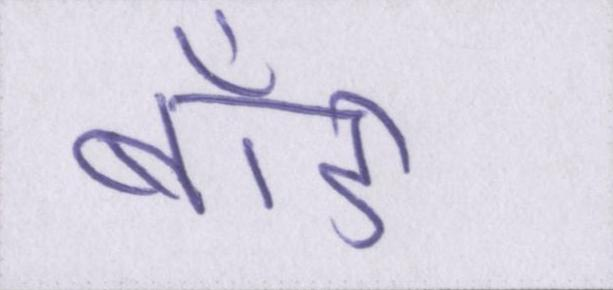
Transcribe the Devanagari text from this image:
बॉडी